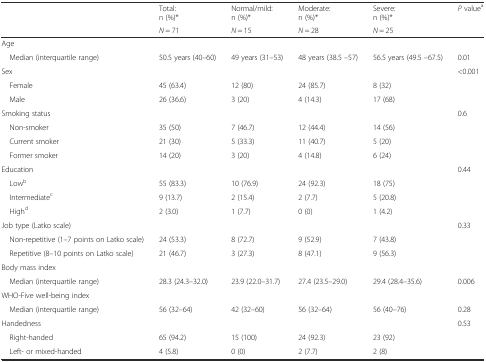
<table><thead><tr><td></td><td><b>Total:n (%)*</b></td><td><b>Normal/mild:n (%)*</b></td><td><b>Moderate:n (%)*</b></td><td><b>Severe:n (%)*</b></td><td><b><i>P</i> value<sup>a</sup></b></td></tr><tr><td></td><td><b><i>N</i> = 71</b></td><td><b><i>N</i> = 15</b></td><td><b><i>N</i> = 28</b></td><td><b><i>N</i> = 25</b></td><td></td></tr></thead><tbody><tr><td colspan="6">Age</td></tr><tr><td> Median (interquartile range)</td><td>50.5 years (40–60)</td><td>49 years (31–53)</td><td>48 years (38.5 –57)</td><td>56.5 years (49.5 –67.5)</td><td>0.01</td></tr><tr><td>Sex</td><td></td><td></td><td></td><td></td><td>&lt;0.001</td></tr><tr><td> Female</td><td>45 (63.4)</td><td>12 (80)</td><td>24 (85.7)</td><td>8 (32)</td><td></td></tr><tr><td> Male</td><td>26 (36.6)</td><td>3 (20)</td><td>4 (14.3)</td><td>17 (68)</td><td></td></tr><tr><td>Smoking status</td><td></td><td></td><td></td><td></td><td>0.6</td></tr><tr><td> Non-smoker</td><td>35 (50)</td><td>7 (46.7)</td><td>12 (44.4)</td><td>14 (56)</td><td></td></tr><tr><td> Current smoker</td><td>21 (30)</td><td>5 (33.3)</td><td>11 (40.7)</td><td>5 (20)</td><td></td></tr><tr><td> Former smoker</td><td>14 (20)</td><td>3 (20)</td><td>4 (14.8)</td><td>6 (24)</td><td></td></tr><tr><td>Education</td><td></td><td></td><td></td><td></td><td>0.44</td></tr><tr><td> Low<sup>b</sup></td><td>55 (83.3)</td><td>10 (76.9)</td><td>24 (92.3)</td><td>18 (75)</td><td></td></tr><tr><td> Intermediate<sup>c</sup></td><td>9 (13.7)</td><td>2 (15.4)</td><td>2 (7.7)</td><td>5 (20.8)</td><td></td></tr><tr><td> High<sup>d</sup></td><td>2 (3.0)</td><td>1 (7.7)</td><td>0 (0)</td><td>1 (4.2)</td><td></td></tr><tr><td>Job type (Latko scale)</td><td></td><td></td><td></td><td></td><td>0.33</td></tr><tr><td> Non-repetitive (1–7 points on Latko scale)</td><td>24 (53.3)</td><td>8 (72.7)</td><td>9 (52.9)</td><td>7 (43.8)</td><td></td></tr><tr><td> Repetitive (8–10 points on Latko scale)</td><td>21 (46.7)</td><td>3 (27.3)</td><td>8 (47.1)</td><td>9 (56.3)</td><td></td></tr><tr><td colspan="6">Body mass index</td></tr><tr><td> Median (interquartile range)</td><td>28.3 (24.3–32.0)</td><td>23.9 (22.0–31.7)</td><td>27.4 (23.5–29.0)</td><td>29.4 (28.4–35.6)</td><td>0.006</td></tr><tr><td colspan="6">WHO-Five well-being index</td></tr><tr><td> Median (interquartile range)</td><td>56 (32–64)</td><td>42 (32–60)</td><td>56 (32–64)</td><td>56 (40–76)</td><td>0.28</td></tr><tr><td>Handedness</td><td></td><td></td><td></td><td></td><td>0.53</td></tr><tr><td> Right-handed</td><td>65 (94.2)</td><td>15 (100)</td><td>24 (92.3)</td><td>23 (92)</td><td></td></tr><tr><td> Left- or mixed-handed</td><td>4 (5.8)</td><td>0 (0)</td><td>2 (7.7)</td><td>2 (8)</td><td></td></tr></tbody></table>